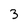
Character: 3